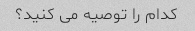
کدام را توصیه می کنید؟